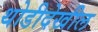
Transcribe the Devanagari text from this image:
थोडीदेखील